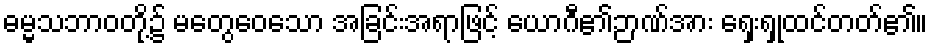
ဓမ္မသဘာဝတို့၌ မတွေဝေသော အခြင်းအရာဖြင့် ယောဂီ၏ဉာဏ်အား ရှေးရှုထင်တတ်၏။